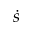
\dot { s }